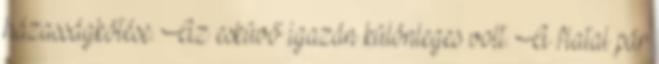
házasságkötése. Az esküvő igazán különleges volt. A fiatal pár